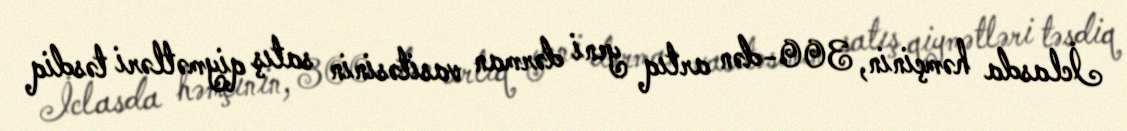
İclasda həmçinin, 300-dən artıq yeni dərman vasitəsinin satış qiymətləri təsdiq